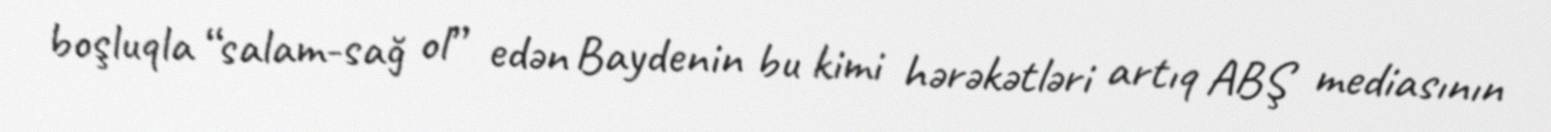
boşluqla “salam-sağ ol” edən Baydenin bu kimi hərəkətləri artıq ABŞ mediasının